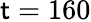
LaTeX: \mathsf{t}=160